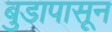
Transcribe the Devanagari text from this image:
बुडापासून